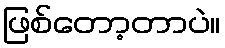
ဖြစ်တော့တာပဲ။